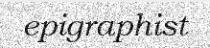
epigraphist